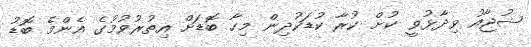
ޝުޖާއު ވިދާޅުވީ ކުށް ކުރާ ކުޑަކުދިން މިހާ ބޮޑަށް އިތުރުވުމުގެ އެންމެ ބޮޑު